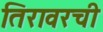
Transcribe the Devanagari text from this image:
तिरावरची